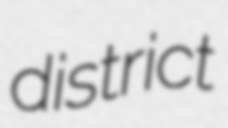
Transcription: district